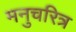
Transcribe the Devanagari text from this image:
मनुचरित्र